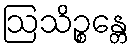
ဩသိဉ္စန္တေ